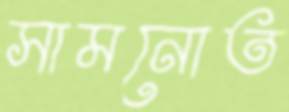
সামনোত